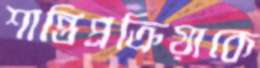
শান্তিপ্রক্রিয়াকে